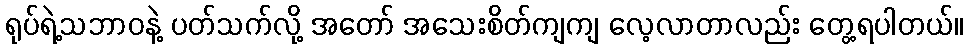
ရုပ်ရဲ့သဘာဝနဲ့ ပတ်သက်လို့ အတော် အသေးစိတ်ကျကျ လေ့လာတာလည်း တွေ့ရပါတယ်။